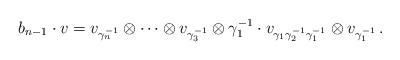
LaTeX: \begin{align*} b_{n-1} \cdot v = v_{\gamma_n^{-1}} \otimes \dots \otimes v_{\gamma_3^{-1}} \otimes \gamma_1^{-1} \cdot v_{\gamma_1 \gamma_2^{-1} \gamma_1^{-1}} \otimes v_{\gamma_1^{-1}} \, . \end{align*}